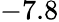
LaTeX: -7.8